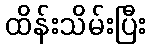
ထိန်းသိမ်းပြီး